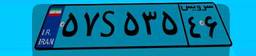
۵۷S۵۳۵۴۶